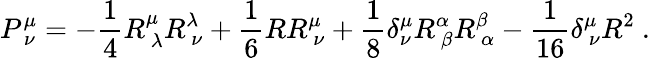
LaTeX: P_{\ \nu}^{\mu}=-{\frac{1}{4}}R_{\ \lambda}^{\mu}R_{\ \nu}^{\lambda}+{\frac{1}{6}}RR_{\ \nu}^{\mu}+{\frac{1}{8}}\delta_{\nu}^{\mu}R_{\ \beta}^{\alpha}R_{\ \alpha}^{\beta}-{\frac{1}{16}}\delta_{\ \nu}^{\mu}R^{2}\ .